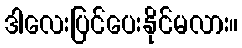
ဒါလေးပြင်ပေးနိုင်မလား။